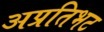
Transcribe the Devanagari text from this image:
अप्रतिभट